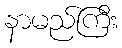
နာမည်ကြီး